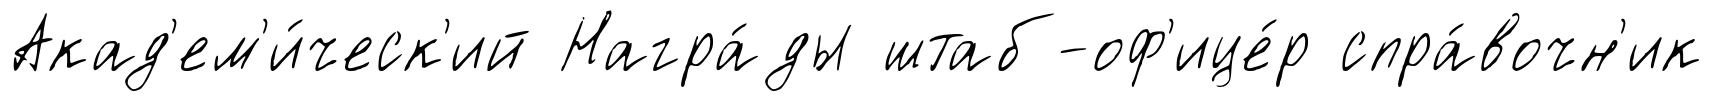
Акад'ем'и́ческ'ий Награ́ды штаб-оф'ице́р спра́вочн'ик